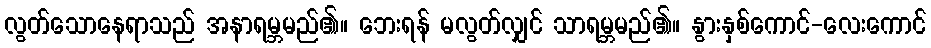
လွတ်သောနေရာသည် အနာရမ္ဘမည်၏။ ဘေးရန် မလွတ်လျှင် သာရမ္ဘမည်၏။ နွားနှစ်ကောင်-လေးကောင်